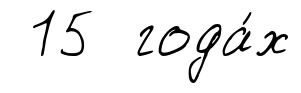
15 года́х